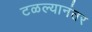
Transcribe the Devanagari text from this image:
टळल्यानंतर